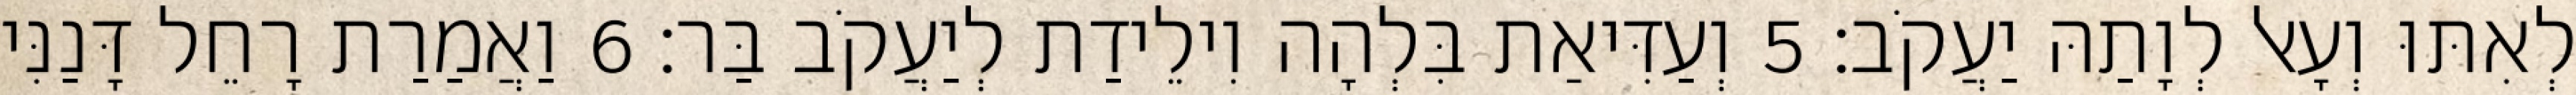
לְאִתּוּ וְעָאל לְוָתַהּ יַעֲקֹב׃ 5 וְעַדִּיאַת בִּלְהָה וִילֵידַת לְיַעֲקֹב בַּר׃ 6 וַאֲמַרַת רָחֵל דָּנַנִּי